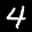
Label: 4